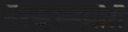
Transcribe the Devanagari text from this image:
ऍडव्हायझोरी